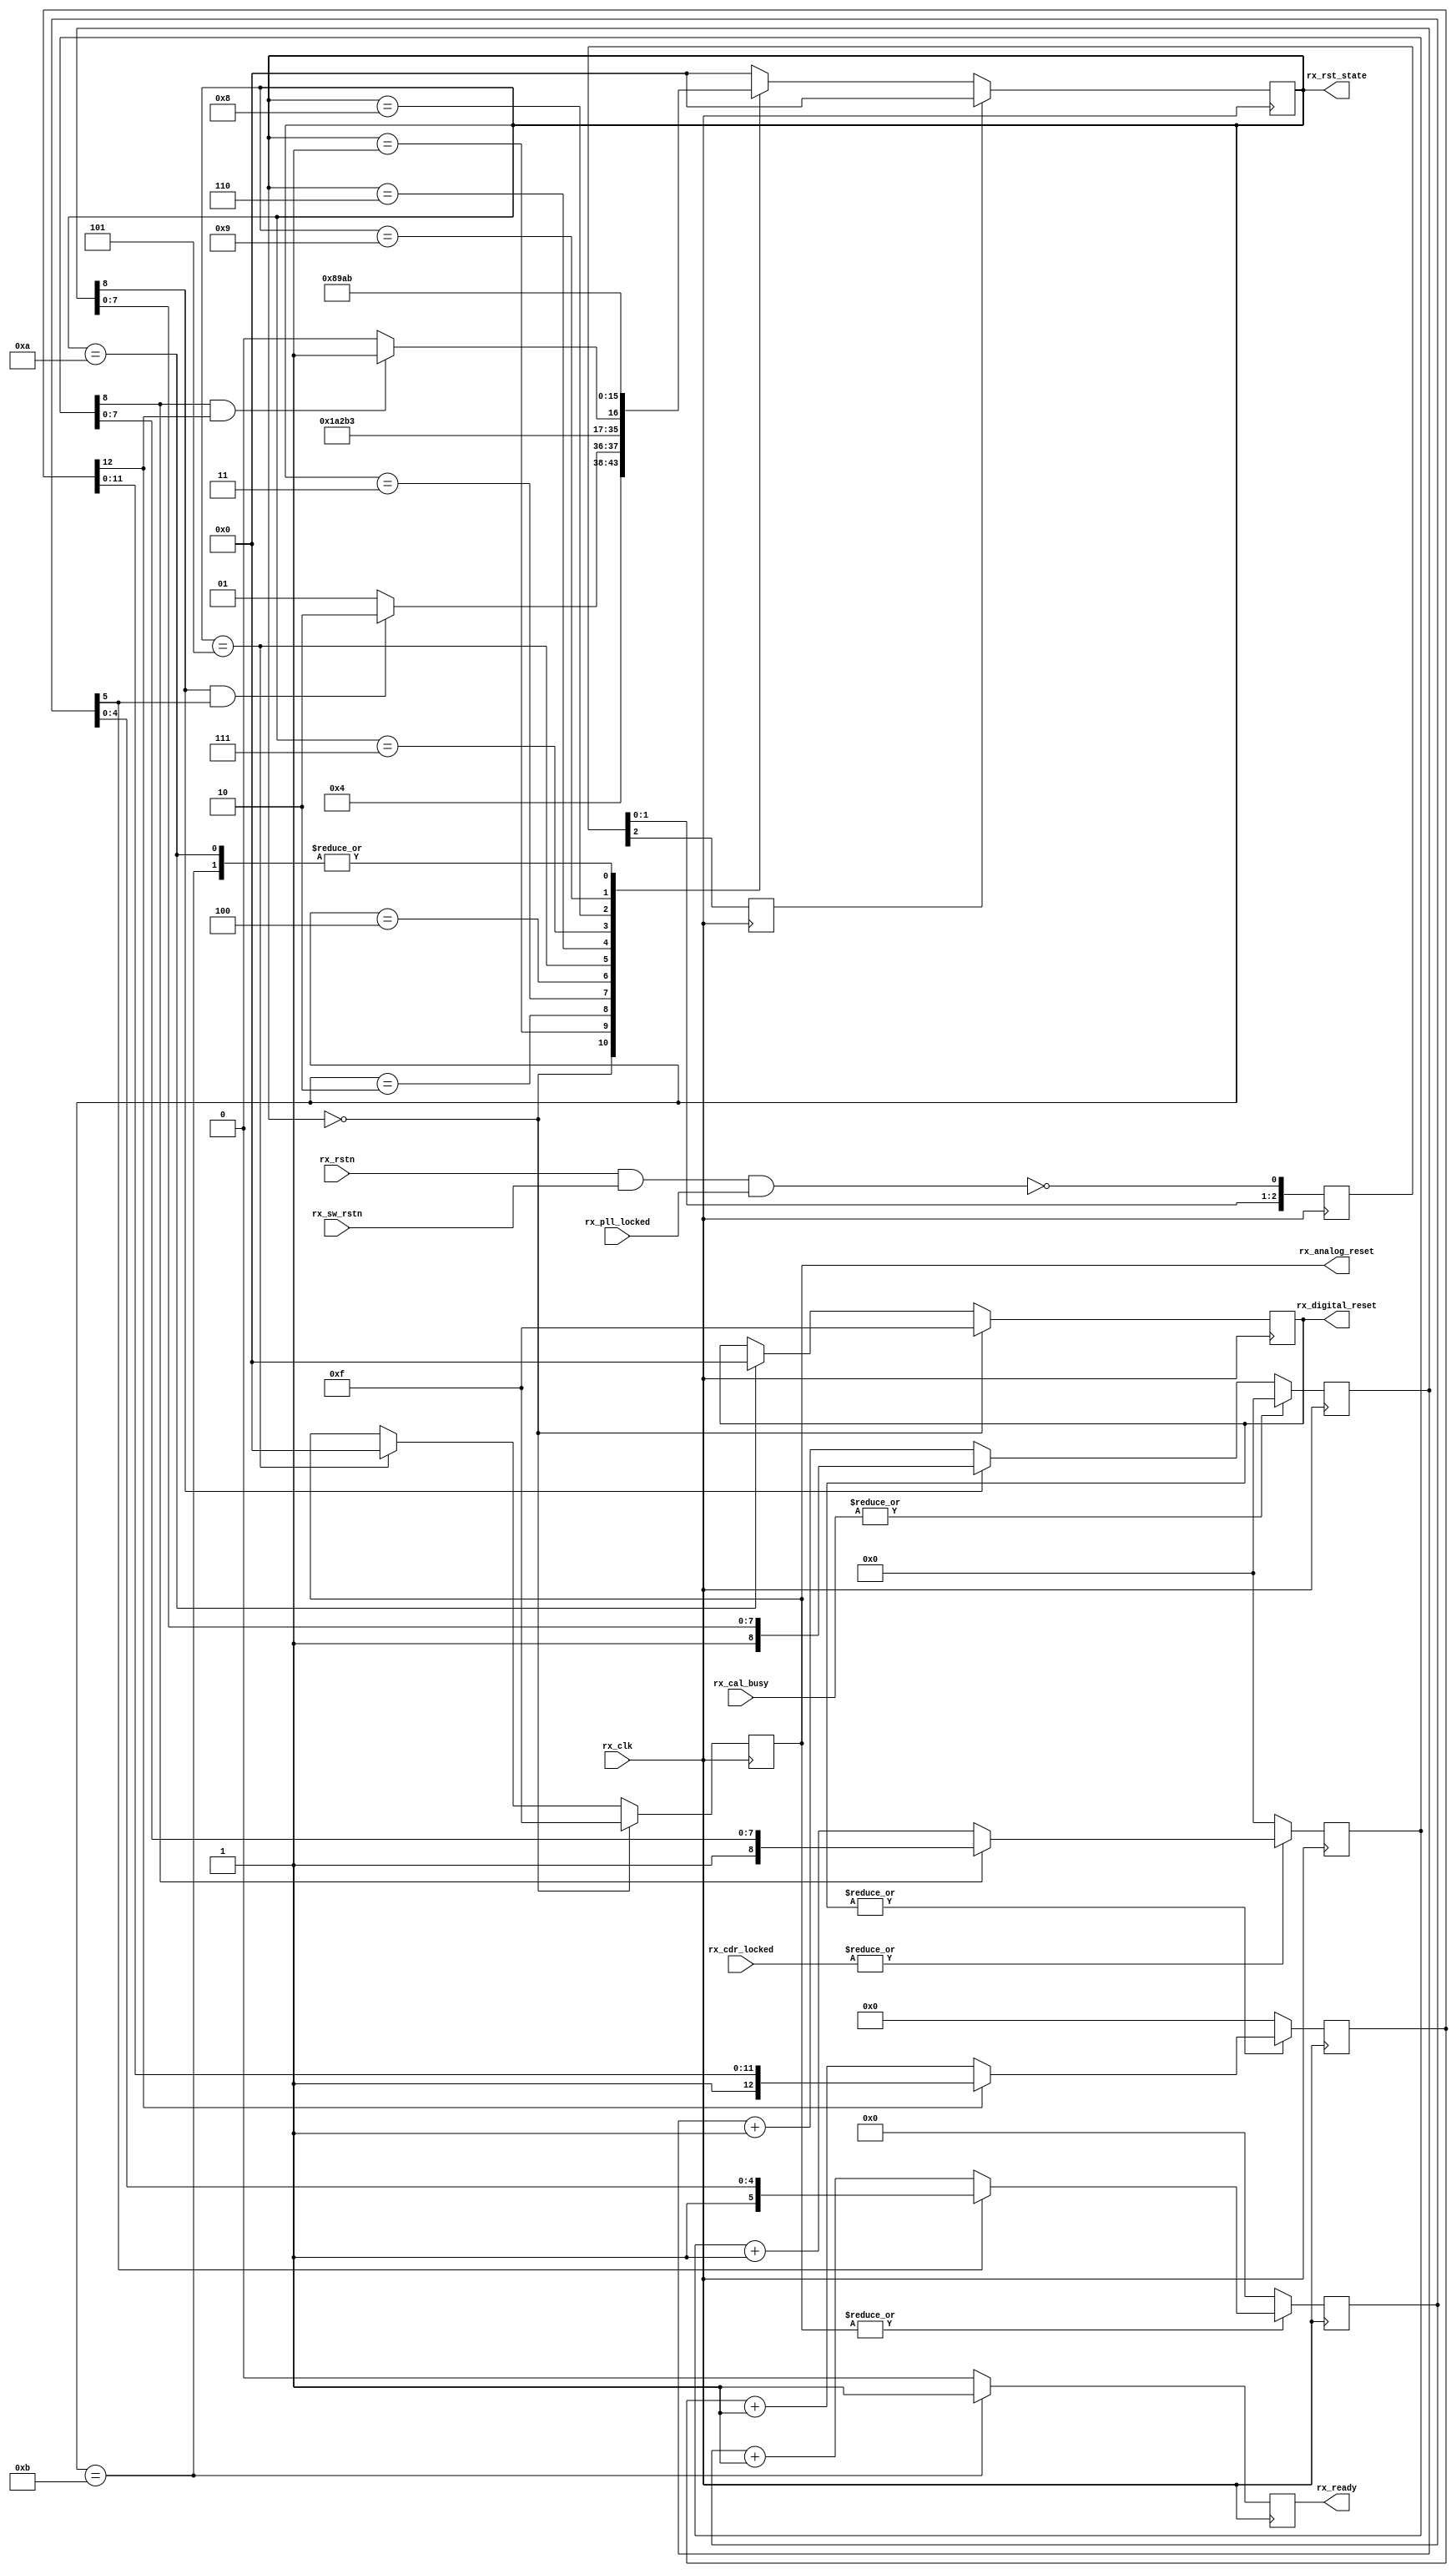
// ***************************************************************************
// ***************************************************************************
// Copyright 2011(c) Analog Devices, Inc.
// 
// All rights reserved.
// 
// Redistribution and use in source and binary forms, with or without modification,
// are permitted provided that the following conditions are met:
//     - Redistributions of source code must retain the above copyright
//       notice, this list of conditions and the following disclaimer.
//     - Redistributions in binary form must reproduce the above copyright
//       notice, this list of conditions and the following disclaimer in
//       the documentation and/or other materials provided with the
//       distribution.
//     - Neither the name of Analog Devices, Inc. nor the names of its
//       contributors may be used to endorse or promote products derived
//       from this software without specific prior written permission.
//     - The use of this software may or may not infringe the patent rights
//       of one or more patent holders.  This license does not release you
//       from the requirement that you obtain separate licenses from these
//       patent holders to use this software.
//     - Use of the software either in source or binary form, must be run
//       on or directly connected to an Analog Devices Inc. component.
//    
// THIS SOFTWARE IS PROVIDED BY ANALOG DEVICES "AS IS" AND ANY EXPRESS OR IMPLIED WARRANTIES,
// INCLUDING, BUT NOT LIMITED TO, NON-INFRINGEMENT, MERCHANTABILITY AND FITNESS FOR A
// PARTICULAR PURPOSE ARE DISCLAIMED.
//
// IN NO EVENT SHALL ANALOG DEVICES BE LIABLE FOR ANY DIRECT, INDIRECT, INCIDENTAL, SPECIAL,
// EXEMPLARY, OR CONSEQUENTIAL DAMAGES (INCLUDING, BUT NOT LIMITED TO, INTELLECTUAL PROPERTY
// RIGHTS, PROCUREMENT OF SUBSTITUTE GOODS OR SERVICES; LOSS OF USE, DATA, OR PROFITS; OR 
// BUSINESS INTERRUPTION) HOWEVER CAUSED AND ON ANY THEORY OF LIABILITY, WHETHER IN CONTRACT,
// STRICT LIABILITY, OR TORT (INCLUDING NEGLIGENCE OR OTHERWISE) ARISING IN ANY WAY OUT OF 
// THE USE OF THIS SOFTWARE, EVEN IF ADVISED OF THE POSSIBILITY OF SUCH DAMAGE.
// ***************************************************************************
// ***************************************************************************
// ***************************************************************************
// ***************************************************************************

`timescale 1ns/100ps

module ad_xcvr_rx_rst (

  // clock, reset and pll locked

  rx_clk,
  rx_rstn,
  rx_sw_rstn,
  rx_pll_locked,

  // xcvr status and reset
                                              
  rx_cal_busy,
  rx_cdr_locked,
  rx_analog_reset,
  rx_digital_reset,
  rx_ready,
  rx_rst_state);

  // parameters

  parameter   NUM_OF_LANES = 4;
  parameter   RX_CAL_DONE_COUNT_WIDTH = 8;
  parameter   RX_CDR_LOCKED_COUNT_WIDTH = 8;
  parameter   RX_ANALOG_RESET_COUNT_WIDTH = 5;
  parameter   RX_DIGITAL_RESET_COUNT_WIDTH = 12;

  localparam  RX_RESET_FSM_INIT   = 4'h0;
  localparam  RX_RESET_FSM_ARST0  = 4'h1;
  localparam  RX_RESET_FSM_ARST1  = 4'h2;
  localparam  RX_RESET_FSM_ARST2  = 4'h3;
  localparam  RX_RESET_FSM_ARST3  = 4'h4;
  localparam  RX_RESET_FSM_ARSTD  = 4'h5;
  localparam  RX_RESET_FSM_DRST0  = 4'h6;
  localparam  RX_RESET_FSM_DRST1  = 4'h7;
  localparam  RX_RESET_FSM_DRST2  = 4'h8;
  localparam  RX_RESET_FSM_DRST3  = 4'h9;
  localparam  RX_RESET_FSM_DRSTD  = 4'ha;
  localparam  RX_RESET_FSM_IDLE   = 4'hb;

  // clock, reset and pll locked

  input                                       rx_clk;
  input                                       rx_rstn;
  input                                       rx_sw_rstn;
  input                                       rx_pll_locked;

  // xcvr status and reset
                                              
  input   [NUM_OF_LANES-1:0]                  rx_cal_busy;
  input   [NUM_OF_LANES-1:0]                  rx_cdr_locked;
  output  [NUM_OF_LANES-1:0]                  rx_analog_reset;
  output  [NUM_OF_LANES-1:0]                  rx_digital_reset;
  output                                      rx_ready;
  output  [  3:0]                             rx_rst_state;

  // internal registers

  reg     [  2:0]                             rx_rst_req_m = 'd0;
  reg                                         rx_rst_req = 'd0;
  reg     [RX_CAL_DONE_COUNT_WIDTH:0]         rx_cal_done_cnt = 'd0;
  reg     [RX_CDR_LOCKED_COUNT_WIDTH:0]       rx_cdr_locked_cnt = 'd0;
  reg     [RX_ANALOG_RESET_COUNT_WIDTH:0]     rx_analog_reset_cnt = 'd0;
  reg     [RX_DIGITAL_RESET_COUNT_WIDTH:0]    rx_digital_reset_cnt = 'd0;
  reg     [  3:0]                             rx_rst_state = 'd0;
  reg     [NUM_OF_LANES-1:0]                  rx_analog_reset = 'd0;
  reg     [NUM_OF_LANES-1:0]                  rx_digital_reset = 'd0;
  reg                                         rx_ready = 'd0;

  // internal signals

  wire                                        rx_rst_req_s;
  wire                                        rx_cal_busy_s;
  wire                                        rx_cal_done_s;
  wire                                        rx_cal_done_valid_s;
  wire                                        rx_cdr_locked_s;
  wire                                        rx_cdr_locked_valid_s;
  wire                                        rx_analog_reset_s;
  wire                                        rx_analog_reset_valid_s;
  wire                                        rx_digital_reset_s;
  wire                                        rx_digital_reset_valid_s;

  // reset request

  assign rx_rst_req_s = ~(rx_rstn & rx_sw_rstn & rx_pll_locked);

  always @(posedge rx_clk) begin
    rx_rst_req_m <= {rx_rst_req_m[1:0], rx_rst_req_s};
    rx_rst_req <= rx_rst_req_m[2];
  end

  // cal busy check width

  assign rx_cal_busy_s = | rx_cal_busy;
  assign rx_cal_done_s = ~rx_cal_busy_s;
  assign rx_cal_done_valid_s = rx_cal_done_cnt[RX_CAL_DONE_COUNT_WIDTH];

  always @(posedge rx_clk) begin
    if (rx_cal_done_s == 1'd0) begin
      rx_cal_done_cnt <= 'd0;
    end else if (rx_cal_done_cnt[RX_CAL_DONE_COUNT_WIDTH] == 1'b0) begin
      rx_cal_done_cnt <= rx_cal_done_cnt + 1'b1;
    end
  end

  // cdr locked check width

  assign rx_cdr_locked_s = | rx_cdr_locked;
  assign rx_cdr_locked_valid_s = rx_cdr_locked_cnt[RX_CDR_LOCKED_COUNT_WIDTH];

  always @(posedge rx_clk) begin
    if (rx_cdr_locked_s == 1'd0) begin
      rx_cdr_locked_cnt <= 'd0;
    end else if (rx_cdr_locked_cnt[RX_CDR_LOCKED_COUNT_WIDTH] == 1'b0) begin
      rx_cdr_locked_cnt <= rx_cdr_locked_cnt + 1'b1;
    end
  end

  // analog reset width

  assign rx_analog_reset_s = | rx_analog_reset;
  assign rx_analog_reset_valid_s = rx_analog_reset_cnt[RX_ANALOG_RESET_COUNT_WIDTH];

  always @(posedge rx_clk) begin
    if (rx_analog_reset_s == 1'd0) begin
      rx_analog_reset_cnt <= 'd0;
    end else if (rx_analog_reset_cnt[RX_ANALOG_RESET_COUNT_WIDTH] == 1'b0) begin
      rx_analog_reset_cnt <= rx_analog_reset_cnt + 1'b1;
    end
  end

  // digital reset width

  assign rx_digital_reset_s = | rx_digital_reset;
  assign rx_digital_reset_valid_s = rx_digital_reset_cnt[RX_DIGITAL_RESET_COUNT_WIDTH];

  always @(posedge rx_clk) begin
    if (rx_digital_reset_s == 1'd0) begin
      rx_digital_reset_cnt <= 'd0;
    end else if (rx_digital_reset_cnt[RX_DIGITAL_RESET_COUNT_WIDTH] == 1'b0) begin
      rx_digital_reset_cnt <= rx_digital_reset_cnt + 1'b1;
    end
  end

  // state machine

  always @(posedge rx_clk) begin
    if (rx_rst_req == 1'b1) begin
      rx_rst_state <= RX_RESET_FSM_INIT;
    end else begin
      case (rx_rst_state)
        RX_RESET_FSM_INIT: begin
          rx_rst_state <= RX_RESET_FSM_ARST0;
        end
        RX_RESET_FSM_ARST0: begin
          if ((rx_cal_done_valid_s == 1'b1) && (rx_analog_reset_valid_s == 1'b1)) begin
            rx_rst_state <= RX_RESET_FSM_ARST1;
          end else begin
            rx_rst_state <= RX_RESET_FSM_ARST0;
          end
        end
        RX_RESET_FSM_ARST1: begin
          rx_rst_state <= RX_RESET_FSM_ARST2;
        end
        RX_RESET_FSM_ARST2: begin
          rx_rst_state <= RX_RESET_FSM_ARST3;
        end
        RX_RESET_FSM_ARST3: begin
          rx_rst_state <= RX_RESET_FSM_ARSTD;
        end
        RX_RESET_FSM_ARSTD: begin
          rx_rst_state <= RX_RESET_FSM_DRST0;
        end
        RX_RESET_FSM_DRST0: begin
          if ((rx_cdr_locked_valid_s == 1'b1) && (rx_digital_reset_valid_s == 1'b1)) begin
            rx_rst_state <= RX_RESET_FSM_DRST1;
          end else begin
            rx_rst_state <= RX_RESET_FSM_DRST0;
          end
        end
        RX_RESET_FSM_DRST1: begin
          rx_rst_state <= RX_RESET_FSM_DRST2;
        end
        RX_RESET_FSM_DRST2: begin
          rx_rst_state <= RX_RESET_FSM_DRST3;
        end
        RX_RESET_FSM_DRST3: begin
          rx_rst_state <= RX_RESET_FSM_DRSTD;
        end
        RX_RESET_FSM_DRSTD: begin
          rx_rst_state <= RX_RESET_FSM_IDLE;
        end
        RX_RESET_FSM_IDLE: begin
          rx_rst_state <= RX_RESET_FSM_IDLE;
        end
        default: begin
          rx_rst_state <= RX_RESET_FSM_INIT;
        end
      endcase
    end
  end
  
  // output signals

  always @(posedge rx_clk) begin
    if (rx_rst_state == RX_RESET_FSM_INIT) begin
      rx_analog_reset <= {{NUM_OF_LANES{1'b1}}};
    end else if (rx_rst_state == RX_RESET_FSM_ARSTD) begin
      rx_analog_reset <= {{NUM_OF_LANES{1'b0}}};
    end
    if (rx_rst_state == RX_RESET_FSM_INIT) begin
      rx_digital_reset <= {{NUM_OF_LANES{1'b1}}};
    end else if (rx_rst_state == RX_RESET_FSM_DRSTD) begin
      rx_digital_reset <= {{NUM_OF_LANES{1'b0}}};
    end
    if (rx_rst_state == RX_RESET_FSM_IDLE) begin
      rx_ready <= 1'b1;
    end else begin
      rx_ready <= 1'b0;
    end
  end

endmodule

// ***************************************************************************
// ***************************************************************************